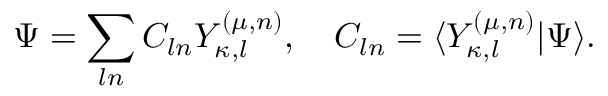
\Psi = \sum _ { l n } C _ { l n } Y _ { \kappa , l } ^ { ( \mu , n ) } , \quad C _ { l n } = \langle Y _ { \kappa , l } ^ { ( \mu , n ) } | \Psi \rangle .